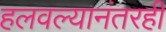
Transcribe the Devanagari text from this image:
हलवल्यानंतरही